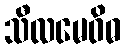
သီလမေဝိဓ